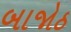
બાજોઠ